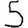
Digit: 5